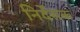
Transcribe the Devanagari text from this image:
निर्देसक